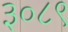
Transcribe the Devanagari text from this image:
३०८९